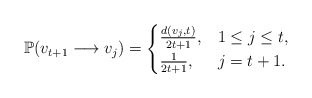
\begin{align*}\mathbb{P}(v_{t+1}\longrightarrow v_j) =\begin{cases}\frac{d(v_j,t)}{2t+1}, & 1\leq j\leq t,\\\frac{1}{2t+1}, & j=t+1.\end{cases}\end{align*}